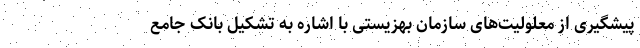
پیشگیری از معلولیت‌های سازمان بهزیستی با اشاره به تشکیل بانک جامع